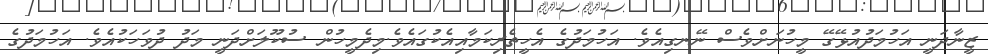
ޒީނާދަނީ އަހުމަދުއުޅޭގޭ މީހުނަށްވެސް ނޭނގިއެވެ. އަހުމަދުގެ އެހީތެރިކަމާއިއެކުގައެވެ.މިދެމީހުން ސުކޫލަށްދަނީ މަދު ދުވަހަކުއެވެ. އަހުމަދުގެ